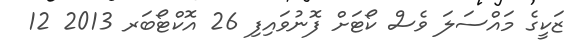
ޒަކީގެ މައްސަލަ ވެސް ކޯޓަށް ފޮނުވައިފި 26 އޮކްޓޯބަރ 2013 12